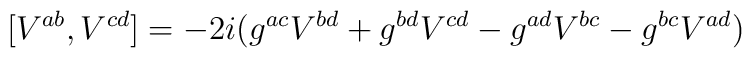
[V^{ab},V^{cd}]=-2i (g^{ac}V^{bd}+g^{bd}V^{cd}-g^{ad}V^{bc}-g^{bc}V^{ad})